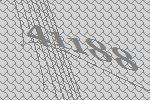
41188